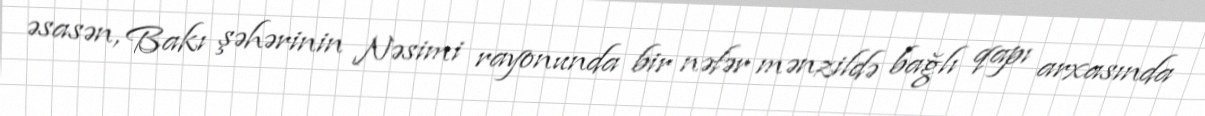
əsasən, Bakı şəhərinin Nəsimi rayonunda bir nəfər mənzildə bağlı qapı arxasında